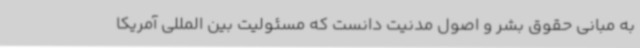
به مبانی حقوق بشر و اصول مدنیت دانست که مسئولیت بین المللی آمریکا